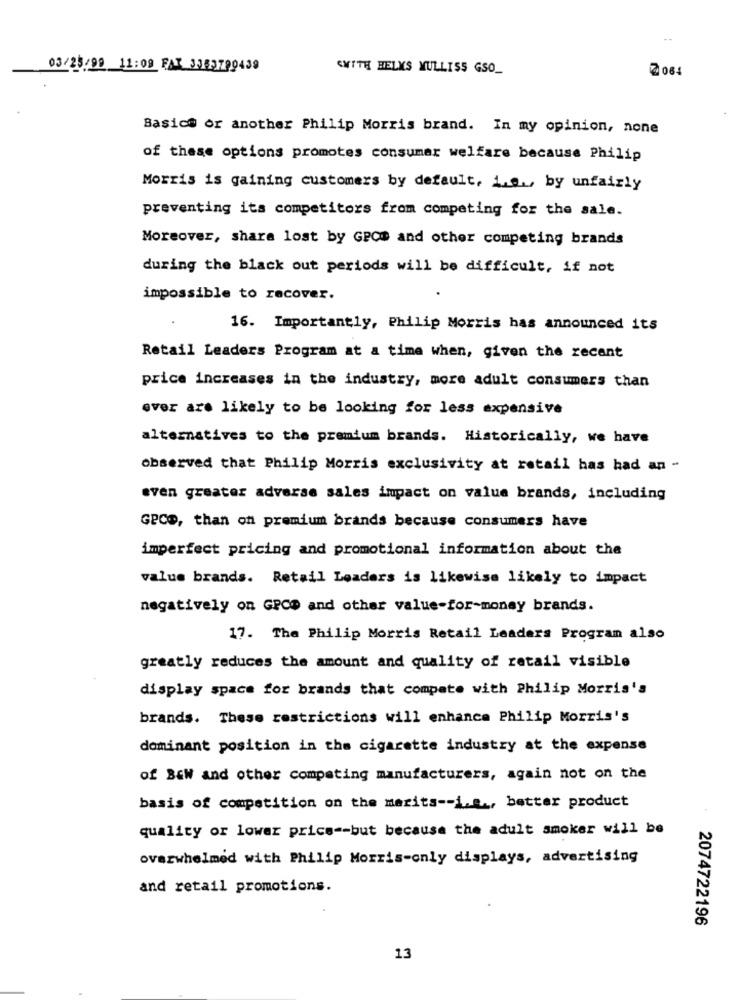
03/25/99 11:09 FAT 3363799439
SUITE HELKS MULLISS GSO_
Basics or another Philip Morris brand. In my opinion, none
of these options promotes consumer welfare because Philip
Morris is gaining customers by default, 1 ..., by unfairly
preventing its competitors from competing for the sale.
Moreover, shara lost by GPC$ and other competing brands
during the black out periods will be difficult, if not
impossible to recover.
16. Importantly, Philip Morris has announced its
Retail Leaders Program at a time when, given the recant
price increases in the industry, more adult consumers than
ever are likely to be looking for less expensive
alternatives to the premium brands. Historically, we have
observed that Philip Morris exclusivity at retail has had an -
even greater adverse sales impact on value brands, including
GPCD, than on premium brands because consumers have
imperfect pricing and promotional information about the
value brands. Retail Leaders is likewise likely to impact
negatively on GPCD and other value-for-money brands.
17. The Philip Morris Retail Leaders Program also
greatly reduces the amount and quality of retail visible
display space for brands that compete with Philip Morris's
brands. These restrictions will enhance Philip Morris's
dominant position in the cigarette industry at the expense
of BEW and other competing manufacturers, again not on the
basis of competition on the merits -- i.e ., better product
.
quality or lower price -- but because the adult smoker will be
overwhelmed with Philip Morris-only displays, advertising
and retail promotions.
2074722196
13